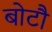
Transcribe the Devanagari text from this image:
बोटौ